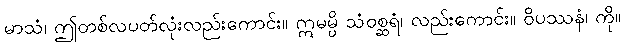
မာသံ၊ ဤတစ်လပတ်လုံးလည်းကောင်း။ ဣမမ္ပိ သံဝစ္ဆရံ၊ လည်းကောင်း။ ဝိပဿနံ၊ ကို။